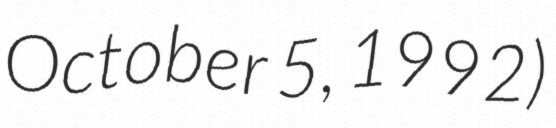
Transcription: October 5, 1992)